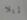
إيلا